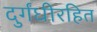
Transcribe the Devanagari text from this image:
दुर्गंधीरहित